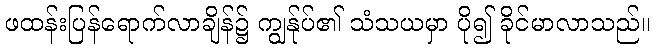
ဖထန်းပြန်ရောက်လာချိန်၌ ကျွန်ုပ်၏ သံသယမှာ ပို၍ ခိုင်မာလာသည်။